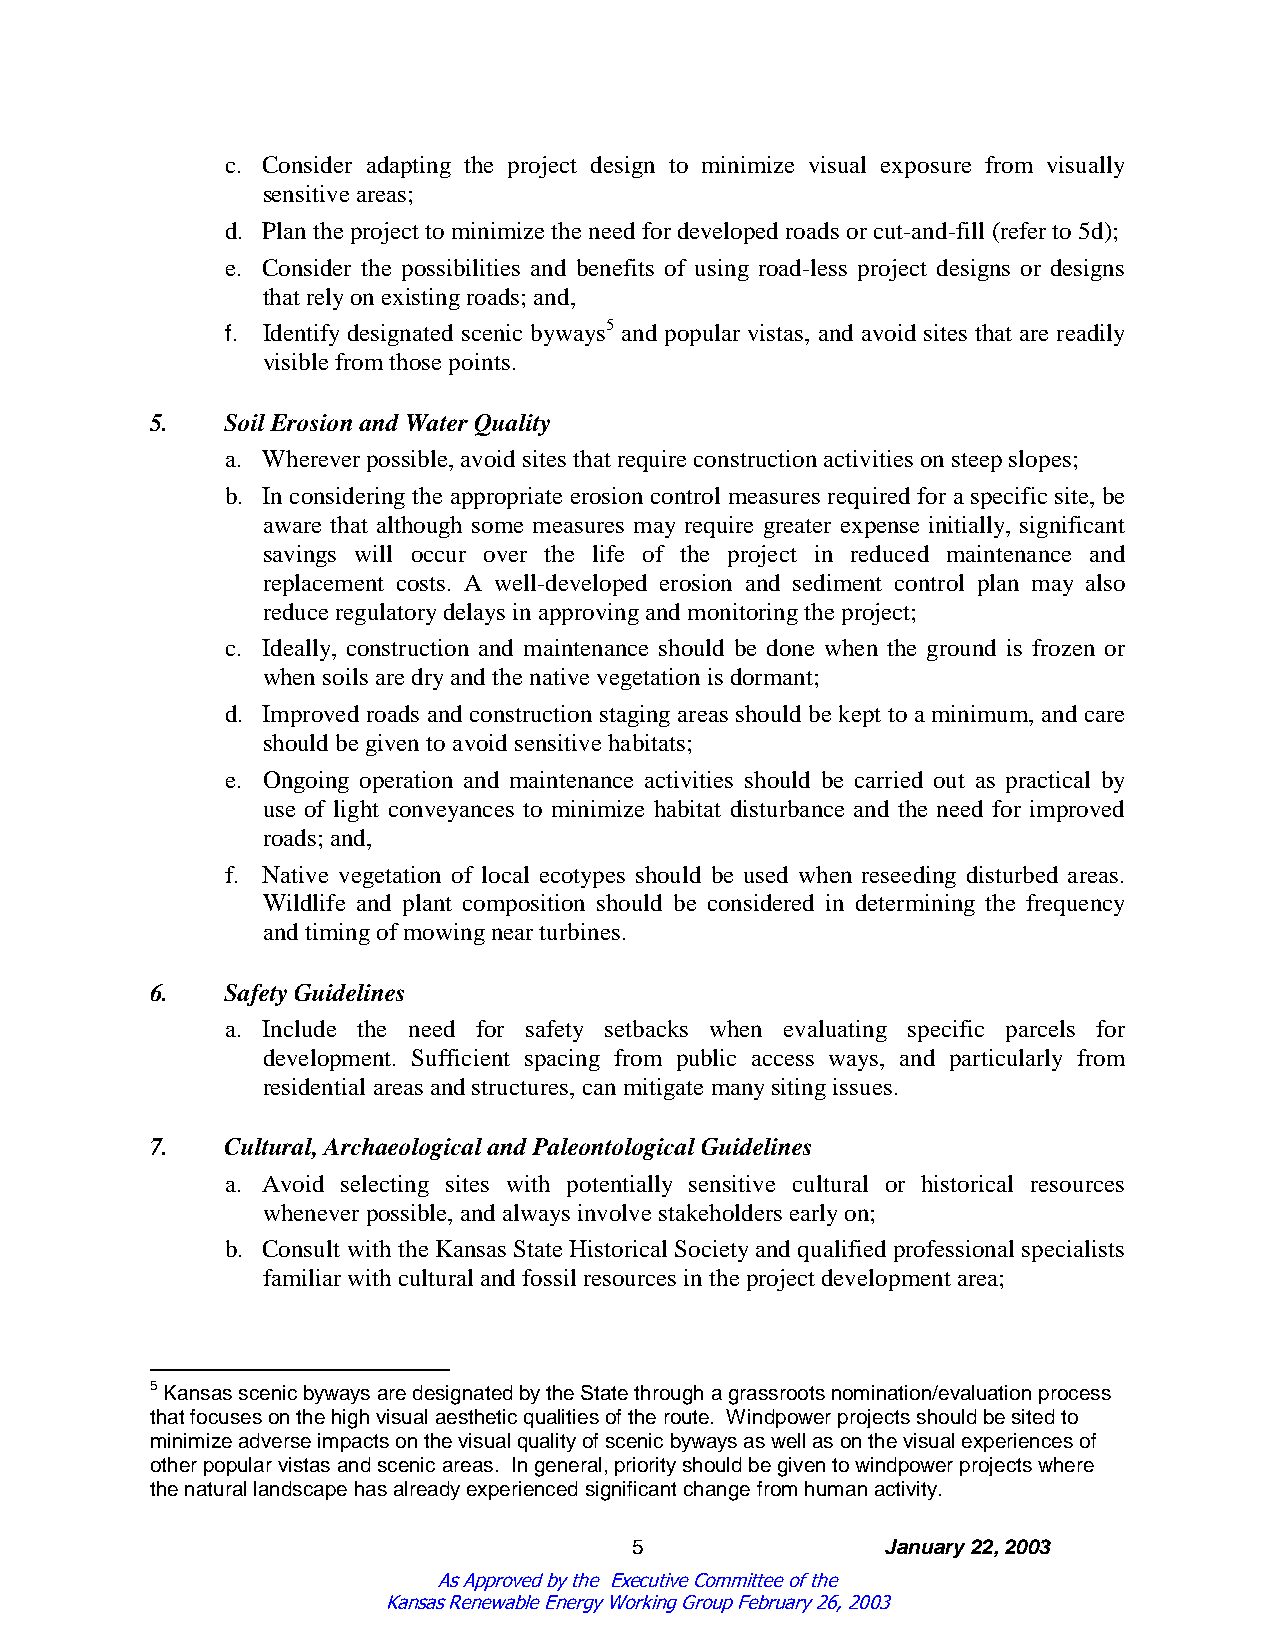
c. Consider adapting the project design to minimize visual exposure from visually
 sensitiveareas;
 d. Plantheproject tominimizetheneedfordevelopedroads orcut-and-fill (referto5d);
 e. Consider the possibilities and benefits of using road-less project designs or designs
 that relyonexistingroads; and,
 f. Identify designated scenic byways5 and popular vistas, and avoid sites that are readily
 visiblefrom thosepoints.
 5.   Soil Erosion andWater Quality
 a. Whereverpossible,avoidsites that requireconstructionactivities onsteepslopes;
 b. In considering the appropriate erosion control measures required for a specific site, be
 aware that although some measures may require greater expense initially, significant
 savings will occur over the life of the project in reduced maintenance and
 replacement costs. A well-developed erosion and sediment control plan may also
 reduceregulatorydelays inapprovingandmonitoringtheproject;
 c. Ideally, construction and maintenance should be done when the ground is frozen or
 when soils aredryandthenativevegetationis dormant;
 d. Improved roads and construction stagingareas should be kept to a minimum, and care
 shouldbegiventoavoidsensitivehabitats;
 e. Ongoing operation and maintenance activities should be carried out as practical by
 use of light conveyances to minimize habitat disturbance and the need for improved
 roads; and,
 f. Native vegetation of local ecotypes should be used when reseeding disturbed areas.
 Wildlife and plant composition should be considered in determining the frequency
 andtimingofmowingnearturbines.
 6.   SafetyGuidelines
 a. Include the need for safety setbacks when evaluating specific parcels for
 development. Sufficient spacing from public access ways, and particularly from
 residential areas andstructures,canmitigatemanysitingissues.
 7.   Cultural,Archaeological andPaleontological Guidelines
 a. Avoid selecting sites with potentially sensitive cultural or historical resources
 wheneverpossible,andalways involvestakeholders earlyon;
 b. Consult with the Kansas State Historical Societyand qualified professional specialists
 familiarwithcultural andfossil resources intheproject development area;
 5KansasscenicbywaysaredesignatedbytheStatethroughagrassrootsnomination/evaluationprocess
 thatfocusesonthehighvisualaestheticqualitiesoftheroute. Windpowerprojectsshouldbesitedto
 minimizeadverseimpactsonthevisualqualityofscenicbywaysaswellasonthevisualexperiencesof
 otherpopularvistasandscenicareas. Ingeneral,priorityshouldbegiventowindpowerprojectswhere
 thenaturallandscapehasalreadyexperiencedsignificantchangefromhumanactivity.
 5                January22,2003
 As Approved by the Executive Committee of the
 Kansas Renewable Energy Working Group February 26, 2003